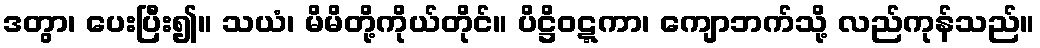
ဒတွာ၊ ပေးပြီး၍။ သယံ၊ မိမိတို့ကိုယ်တိုင်။ ပိဋ္ဌိဝဋ္ဋကာ၊ ကျောဘက်သို့ လည်ကုန်သည်။